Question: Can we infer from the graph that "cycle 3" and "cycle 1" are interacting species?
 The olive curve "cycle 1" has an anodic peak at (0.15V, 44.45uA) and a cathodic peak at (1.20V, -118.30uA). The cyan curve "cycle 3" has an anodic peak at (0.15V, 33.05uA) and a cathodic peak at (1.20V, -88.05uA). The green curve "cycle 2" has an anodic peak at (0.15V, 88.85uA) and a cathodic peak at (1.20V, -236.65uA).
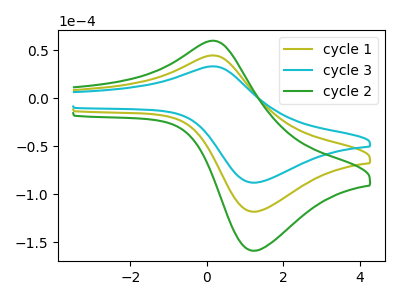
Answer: <think>All the peaks in "cycle 3" have a peak in "cycle 1" at the same potential. Every peak in "cycle 3" is lower than every peak in "cycle 1".
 </think>
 <answer>No, "cycle 3" and "cycle 1" don't appear to be significantly different in shape</answer>
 <eval>no_change</eval>